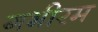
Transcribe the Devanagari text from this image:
गभीरम